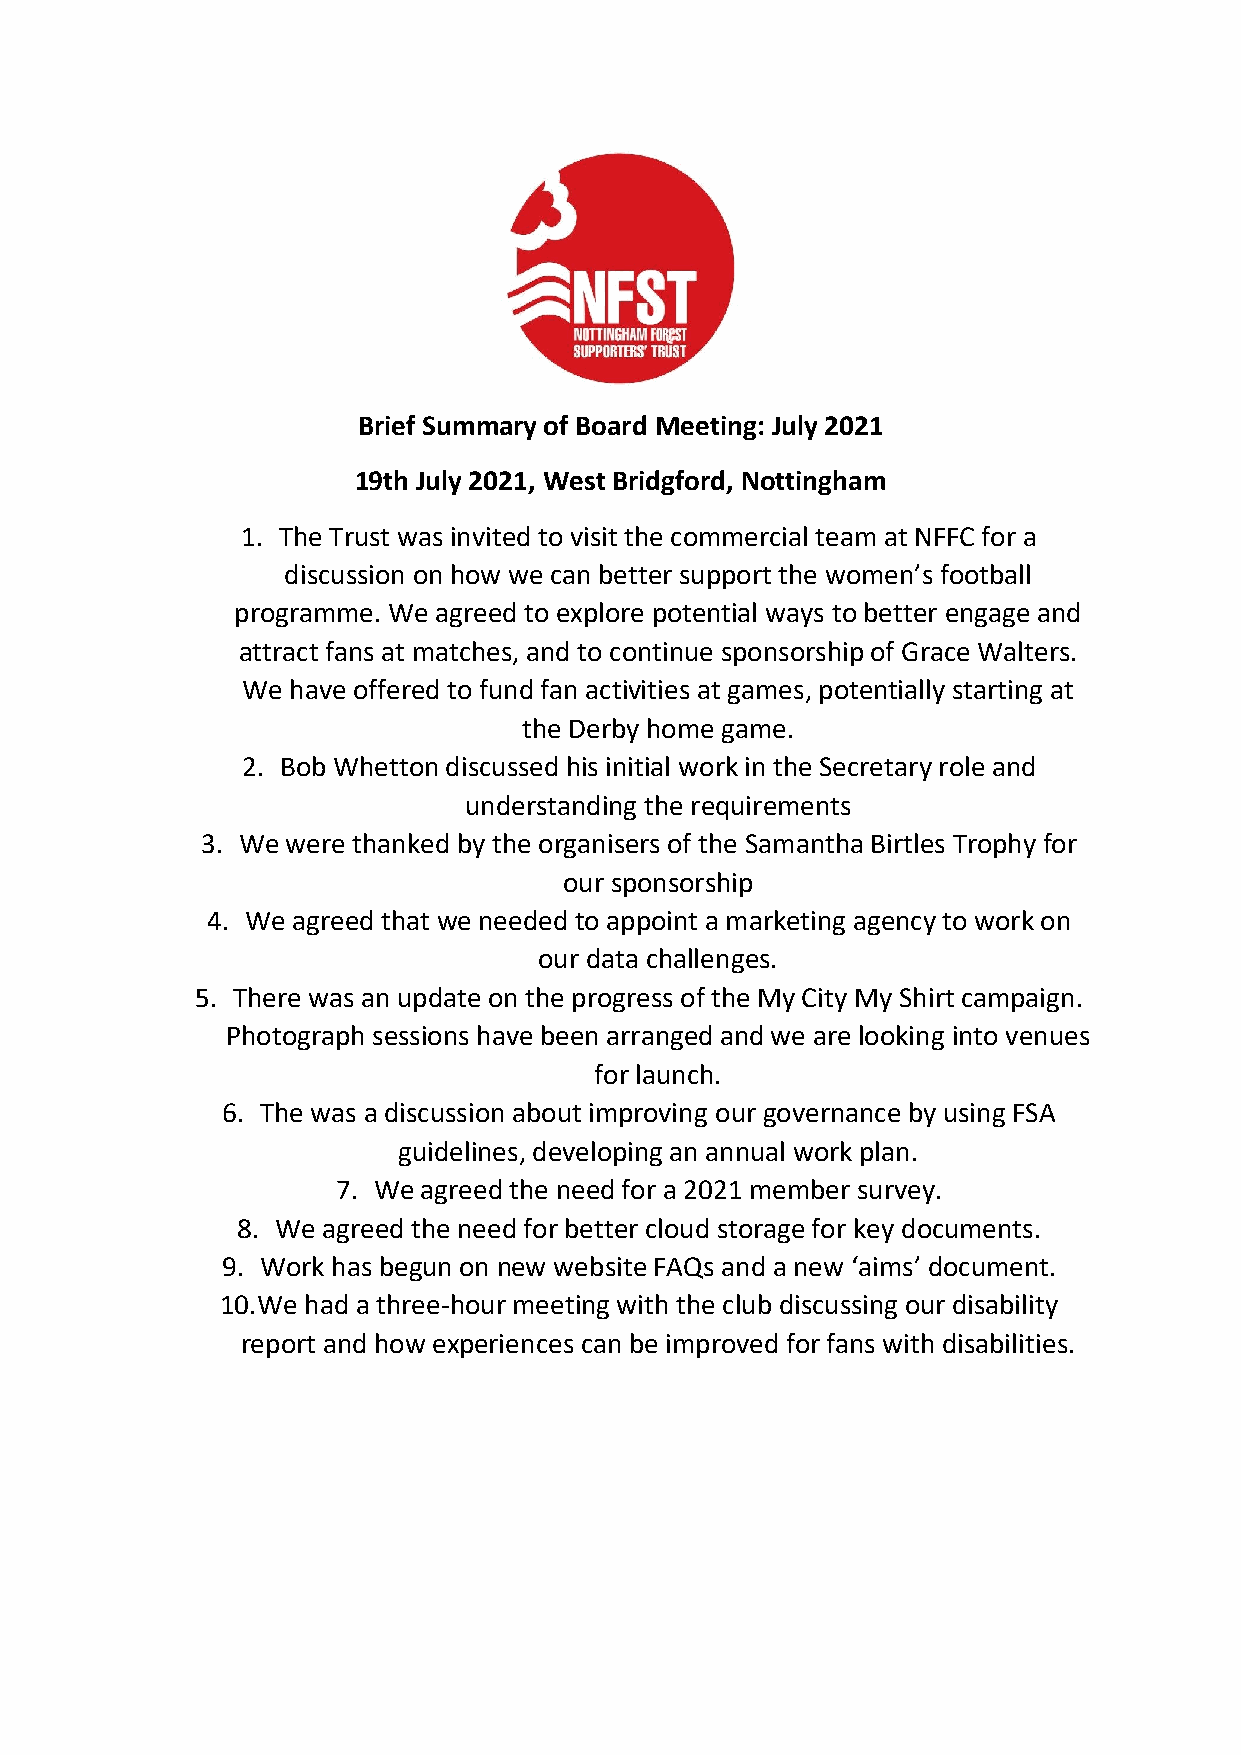
Brief Summary of Board Meeting: July 2021
 19th July 2021, West Bridgford, Nottingham
 1. The Trust was invited to visit the commercial team at NFFC for a
 discussion on how we can better support the women’s football
 programme. We agreed to explore potential ways to better engage and
 attract fans at matches, and to continue sponsorship of Grace Walters.
 We have offered to fund fan activities at games, potentially starting at
 the Derby home game.
 2. Bob Whetton discussed his initial work in the Secretary role and
 understanding the requirements
 3. We were thanked by the organisers of the Samantha Birtles Trophy for
 our sponsorship
 4. We agreed that we needed to appoint a marketing agency to work on
 our data challenges.
 5. There was an update on the progress of the My City My Shirt campaign.
 Photograph sessions have been arranged and we are looking into venues
 for launch.
 6. The was a discussion about improving our governance by using FSA
 guidelines, developing an annual work plan.
 7. We agreed the need for a 2021 member survey.
 8. We agreed the need for better cloud storage for key documents.
 9. Work has begun on new website FAQs and a new ‘aims’ document.
 10. We had a three-hour meeting with the club discussing our disability
 report and how experiences can be improved for fans with disabilities.